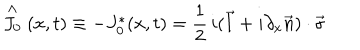
\stackrel { \wedge } { J _ { 0 } } ( x , t ) \equiv - J _ { 0 } ^ { * } ( x , t ) = \frac { 1 } { 2 } \, i ( \vec { l } + i \partial _ { x } \vec { n } ) \cdot \vec { \sigma }